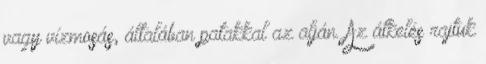
vagy vízmosás, általában patakkal az alján. Az átkelés rajtuk